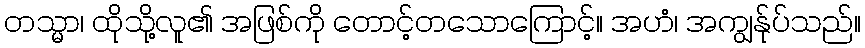
တသ္မာ၊ ထိုသို့လူ၏ အဖြစ်ကို တောင့်တသောကြောင့်။ အဟံ၊ အကျွန်ုပ်သည်။